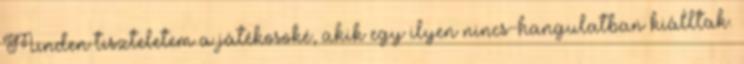
Minden tiszteletem a játékosoké, akik egy ilyen nincs-hangulatban kiálltak.